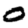
Digit: 0